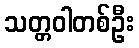
သတ္တဝါတစ်ဦး